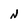
Character: N